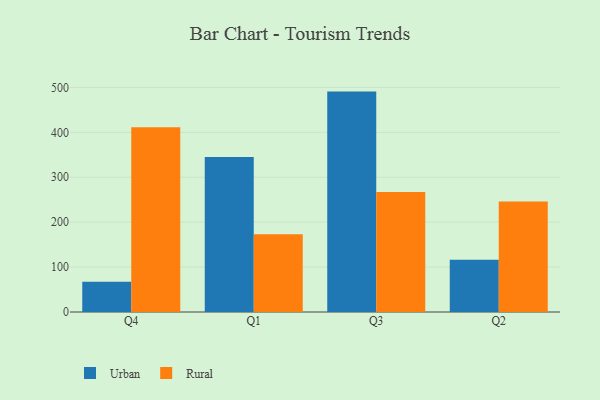
{"axis": {"x": "Quarter", "y": "Temperature (°C)"}, "legend": ["Rural", "Urban"], "data": [{"x": "Q4", "y": 67.3, "type": "Urban"}, {"x": "Q4", "y": 411.2, "type": "Rural"}, {"x": "Q1", "y": 345.1, "type": "Urban"}, {"x": "Q1", "y": 173.3, "type": "Rural"}, {"x": "Q3", "y": 490.6, "type": "Urban"}, {"x": "Q3", "y": 266.9, "type": "Rural"}, {"x": "Q2", "y": 116.3, "type": "Urban"}, {"x": "Q2", "y": 245.8, "type": "Rural"}]}